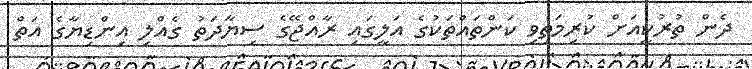
ދެން ތުރުކީއަށް ކުރިމަތިވި ކަންތައްތަކުގެ އަލީގައި ރާއްޖޭގެ ސިޔާދަތު ގެއްލި އިންޑިޔާގެ އަތް